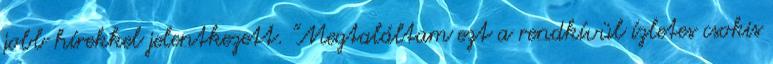
jobb hírekkel jelentkezett. "Megtaláltam ezt a rendkívül ízletes csokis